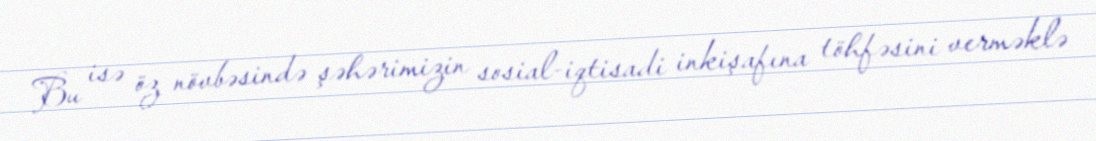
Bu isə öz növbəsində şəhərimizin sosial-iqtisadi inkişafına töhfəsini verməklə